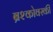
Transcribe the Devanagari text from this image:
ब्रश्कोवस्की